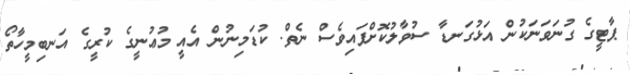
ޕާޓީގެ ގުނަވަނަކުން އަޅުގަނޑާ ސުވާލުކޮށްފައިވެސް ނެތް. ކުޑަމިނުން އެއީ މުޢުނީގެ ކުރީގެ އަނބިމީހާތޯ